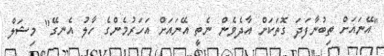
"އޭނައަށް ތިބުނާފަދަ ގޮތަކަށް އާދެވެން ނެތީ އޭނައަށް އަހަރުމެންގެ ހާލު އެނގޭ" މިޝަލް